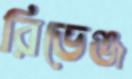
রিভেঞ্জ